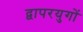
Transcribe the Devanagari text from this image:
द्वापरयुगों